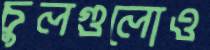
চুলগুলোও